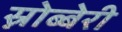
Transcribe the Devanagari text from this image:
स्नोब्बेरी